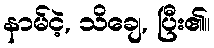
နာမ်ငဲ့, သိချေ, ပြီး၏။